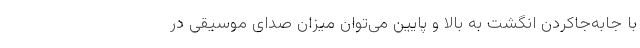
با جابه‌جاکردن انگشت به بالا و پایین می‌توان میزان صدای موسیقی در